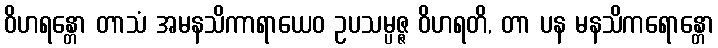
ဝိဟရန္တော တာသံ အမနသိကာရာယေဝ ဥပသမ္ပဇ္ဇ ဝိဟရတိ, တာ ပန မနသိကရောန္တော